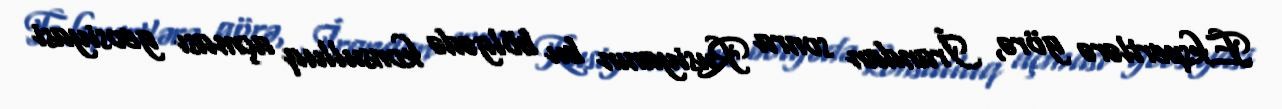
Ekspertlərə görə, İrandan sonra Rusiyanın bu bölgədə konsulluq açması geosiyasi